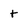
Character: t